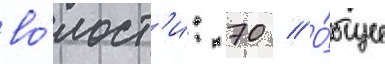
во́лост'и: 70 // О́бщее